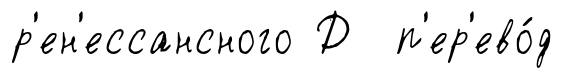
р'ен'ессансного Д п'ер'ево́д